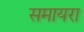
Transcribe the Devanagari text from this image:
समायरा